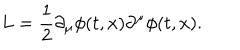
L = { \frac { 1 } { 2 } } \partial _ { \mu } \phi ( t , x ) \partial ^ { \mu } \phi ( t , x ) .